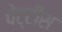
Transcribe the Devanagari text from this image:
चेट्टीस